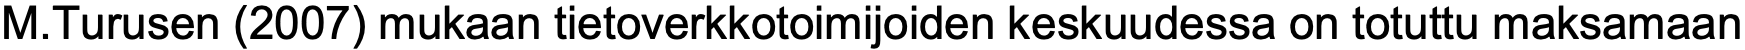
M.Turusen (2007) mukaan tietoverkkotoimijoiden keskuudessa on totuttu maksamaan